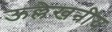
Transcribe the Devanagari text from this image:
ऊल्लेखनीय